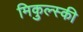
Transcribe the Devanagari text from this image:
मिकुल्स्की